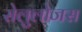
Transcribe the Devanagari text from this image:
सेलुलोजस